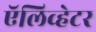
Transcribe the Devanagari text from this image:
ऍलिव्हेटर